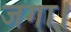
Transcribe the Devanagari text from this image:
जगा।